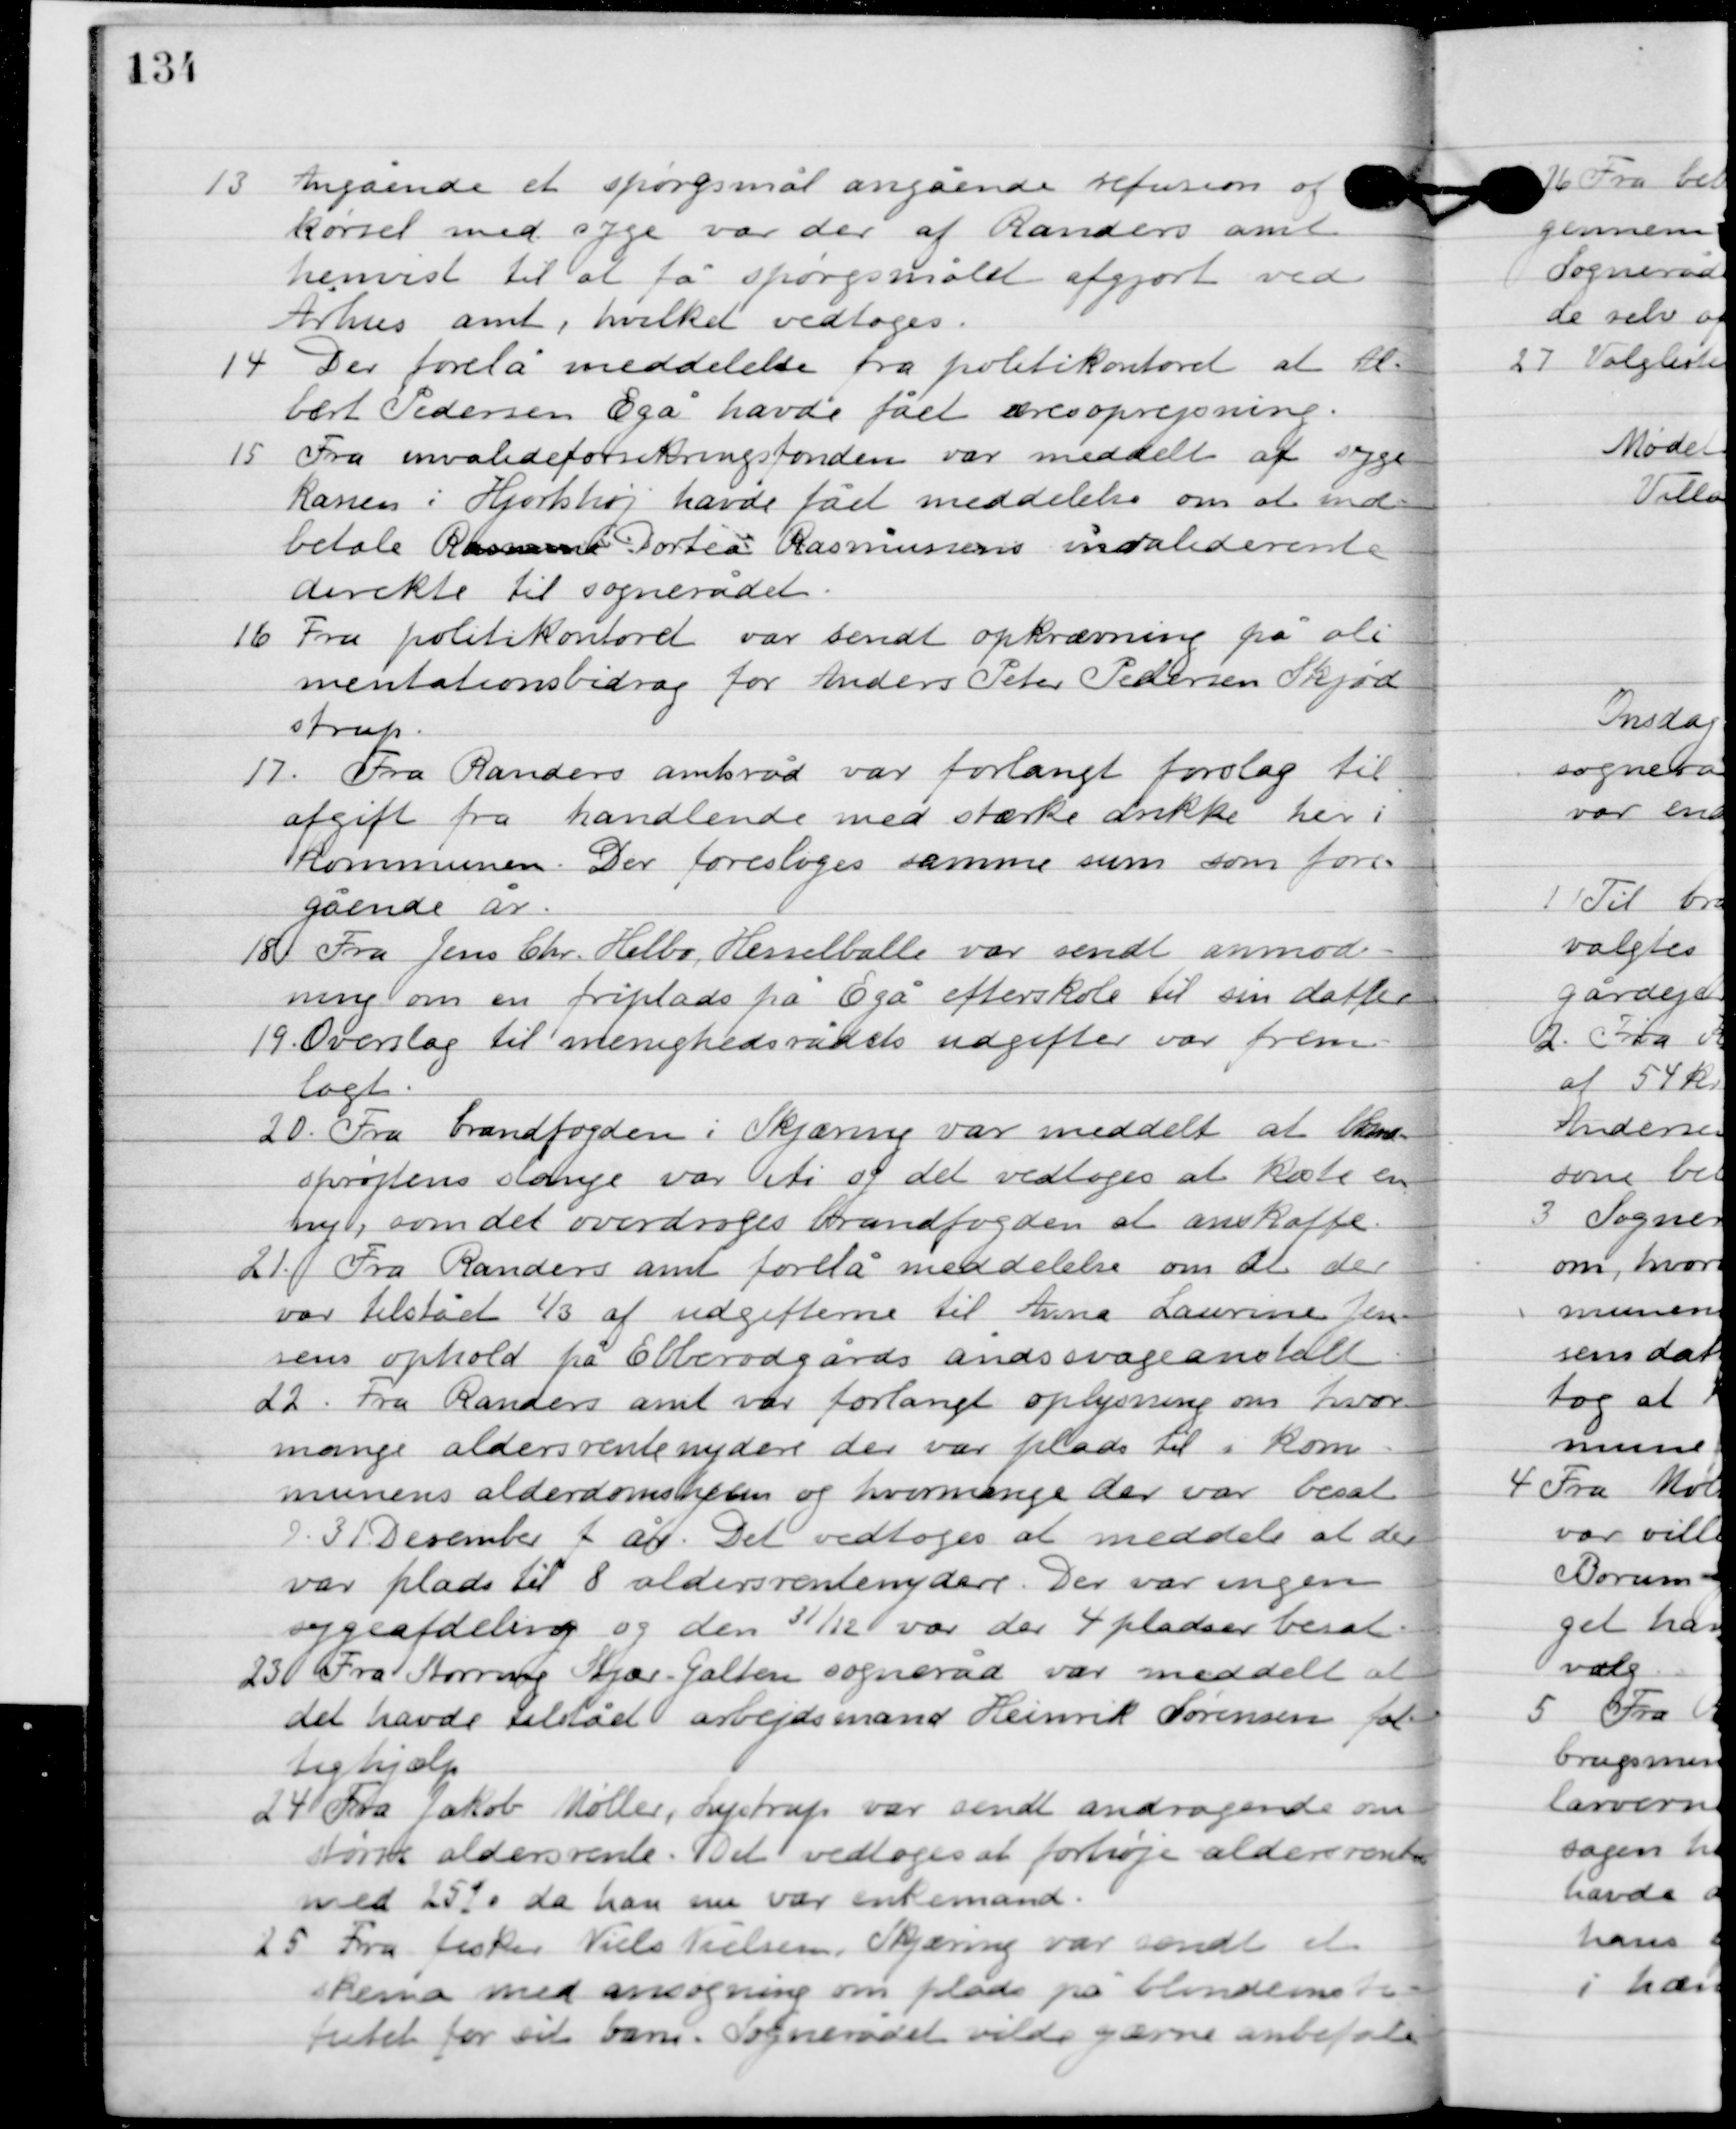
Transskription:
13

Angående et spørgsmål angående refusion af
kørsel med syge var der af Randers amt
henvist til at få spørgsmål afgjort ved
Århus amts, hvilket vedtoges.

14

Der forelå meddelelse fra politikontoret at Al-
bert Pedersen Egå havde fået æresoprejsning.

15

Fra invalideforsikringsfonden var meddelt at syge
kassen i Hjortshøj havde fået meddelelse om at ind-
betale Rasmus Dortea Rasmussens invalidererente
direkte til sognerådet.

16

Fra politikontoret var sendt opkrævning på ali-
mentationsbidrag for Anders Peter Pedersen Skjød-
strup.

17

Fra Randers amtsråd var forlangt forslag til
afgift fra handlende med stærke drikke her i
kommunen. Der foresloges samme sum som fore-
gående år.

18

Fra Jens Chr. Helbo Hesselballe var sendt anmod-
ning om en friplads på Egå efterskole til sin datter.

19

Overslag til menighedsrådets udgifter var frem-
lagt.

20

Fra brandfogden i Skjæring var meddelt at brand-
sprøjtens slange var itu og det vedtoges at købe en
 ny, som det overdroges brandfogden at anskaffe.

21

Fra Randers amt forelå meddelelse om at der
var tilstået 1/3 af udgifterne til Anna Laurine Jen-
sens ophold på Ebberødgårds åndssvageanstalt.

22

Fra Randers amt var forlangt oplysning om hvor
mange aldersrentenydere der var plads til i kom-
munens alderdomshjem og hvor mange der var besat
D. 31. december i år. Det vedtoges at meddele at der
var plads til 8 aldersrentenydende. Der var ingen
sygeafdeling og den 31/12 var der 4 pladser besat.

23

Fra Sorring Stjær Galten sogneråd var meddelt at
det havde tilstået arbejdsmand Heinrik Sørensen fat-
tighjælp.

24

Fra Jakob Møller, Lystrup var sendt andragende om
større aldersrente. Det vedtoges at forhøje aldersrenten
med 25 % da han nu var enkemand.

25

Fra fisker Niels Nielsen, Skjæring var sent et 
skema med ansøgning om plads på blindeinsti-
tutet for sit barn. Sognerådet vilde gærne anbefale.